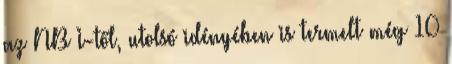
az NB I-től, utolsó idényében is termelt még 10